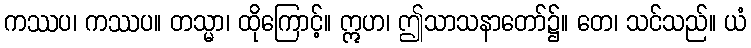
ကဿပ၊ ကဿပ။ တသ္မာ၊ ထိုကြောင့်။ ဣဟ၊ ဤသာသနာတော်၌။ တေ၊ သင်သည်။ ယံ